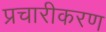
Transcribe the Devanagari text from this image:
प्रचारीकरण